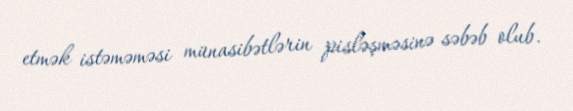
etmək istəməməsi münasibətlərin pisləşməsinə səbəb olub.